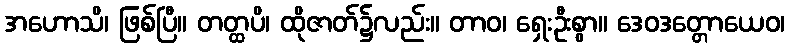
အဟောသိ၊ ဖြစ်ပြီ။ တတ္ထပိ၊ ထိုဇာတ်၌လည်း။ တာဝ၊ ရှေးဦးစွာ။ ဒေဝဒတ္တောယေဝ၊